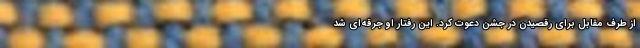
از طرف مقابل برای رقصیدن در جشن دعوت کرد. این رفتار او جرقه‌ای شد